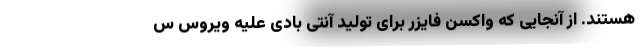
هستند. از آنجایی که واکسن فایزر برای تولید آنتی بادی علیه ویروس س